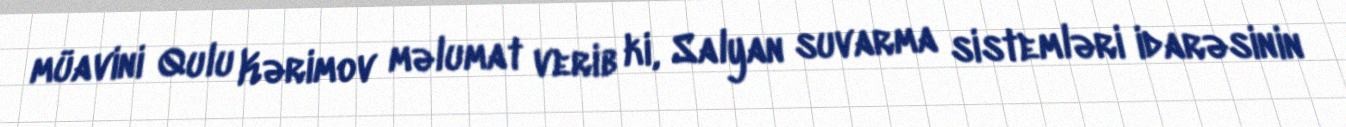
müavini Qulu Kərimov məlumat verib ki, Salyan suvarma sistemləri idarəsinin